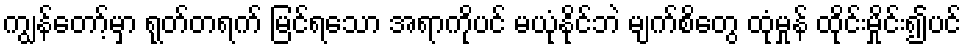
ကျွန်တော့်မှာ ရုတ်တရက် မြင်ရသော အရာကိုပင် မယုံနိုင်ဘဲ မျက်စိတွေ ထုံမှုန် ထိုင်းမှိုင်း၍ပင်